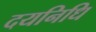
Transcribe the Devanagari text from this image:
दयनिधि